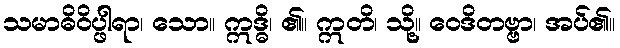
သမာဓိဝိပ္ဖါရာ၊ သော။ ဣဒ္ဓိ၊ ၏။ ဣတိ၊ သို့။ ဝေဒိတဗ္ဗာ၊ အပ်၏။